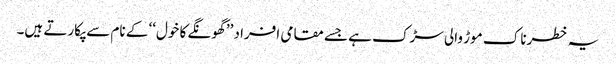
یہ خطرناک موڑ والی سڑک ہے جسے مقامی افراد ’’ گھونگے کا خول‘‘ کے نام سے پکارتے ہیں۔